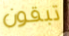
تبقون